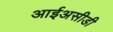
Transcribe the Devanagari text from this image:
आईअसीडी